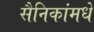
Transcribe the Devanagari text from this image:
सैनिकांमधे